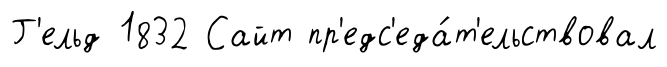
Г'ельд 1832 Сайт пр'едс'еда́т'ельствовал